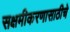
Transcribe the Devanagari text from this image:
सक्षमीकरणासाठीचे